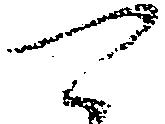
可